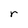
Character: r